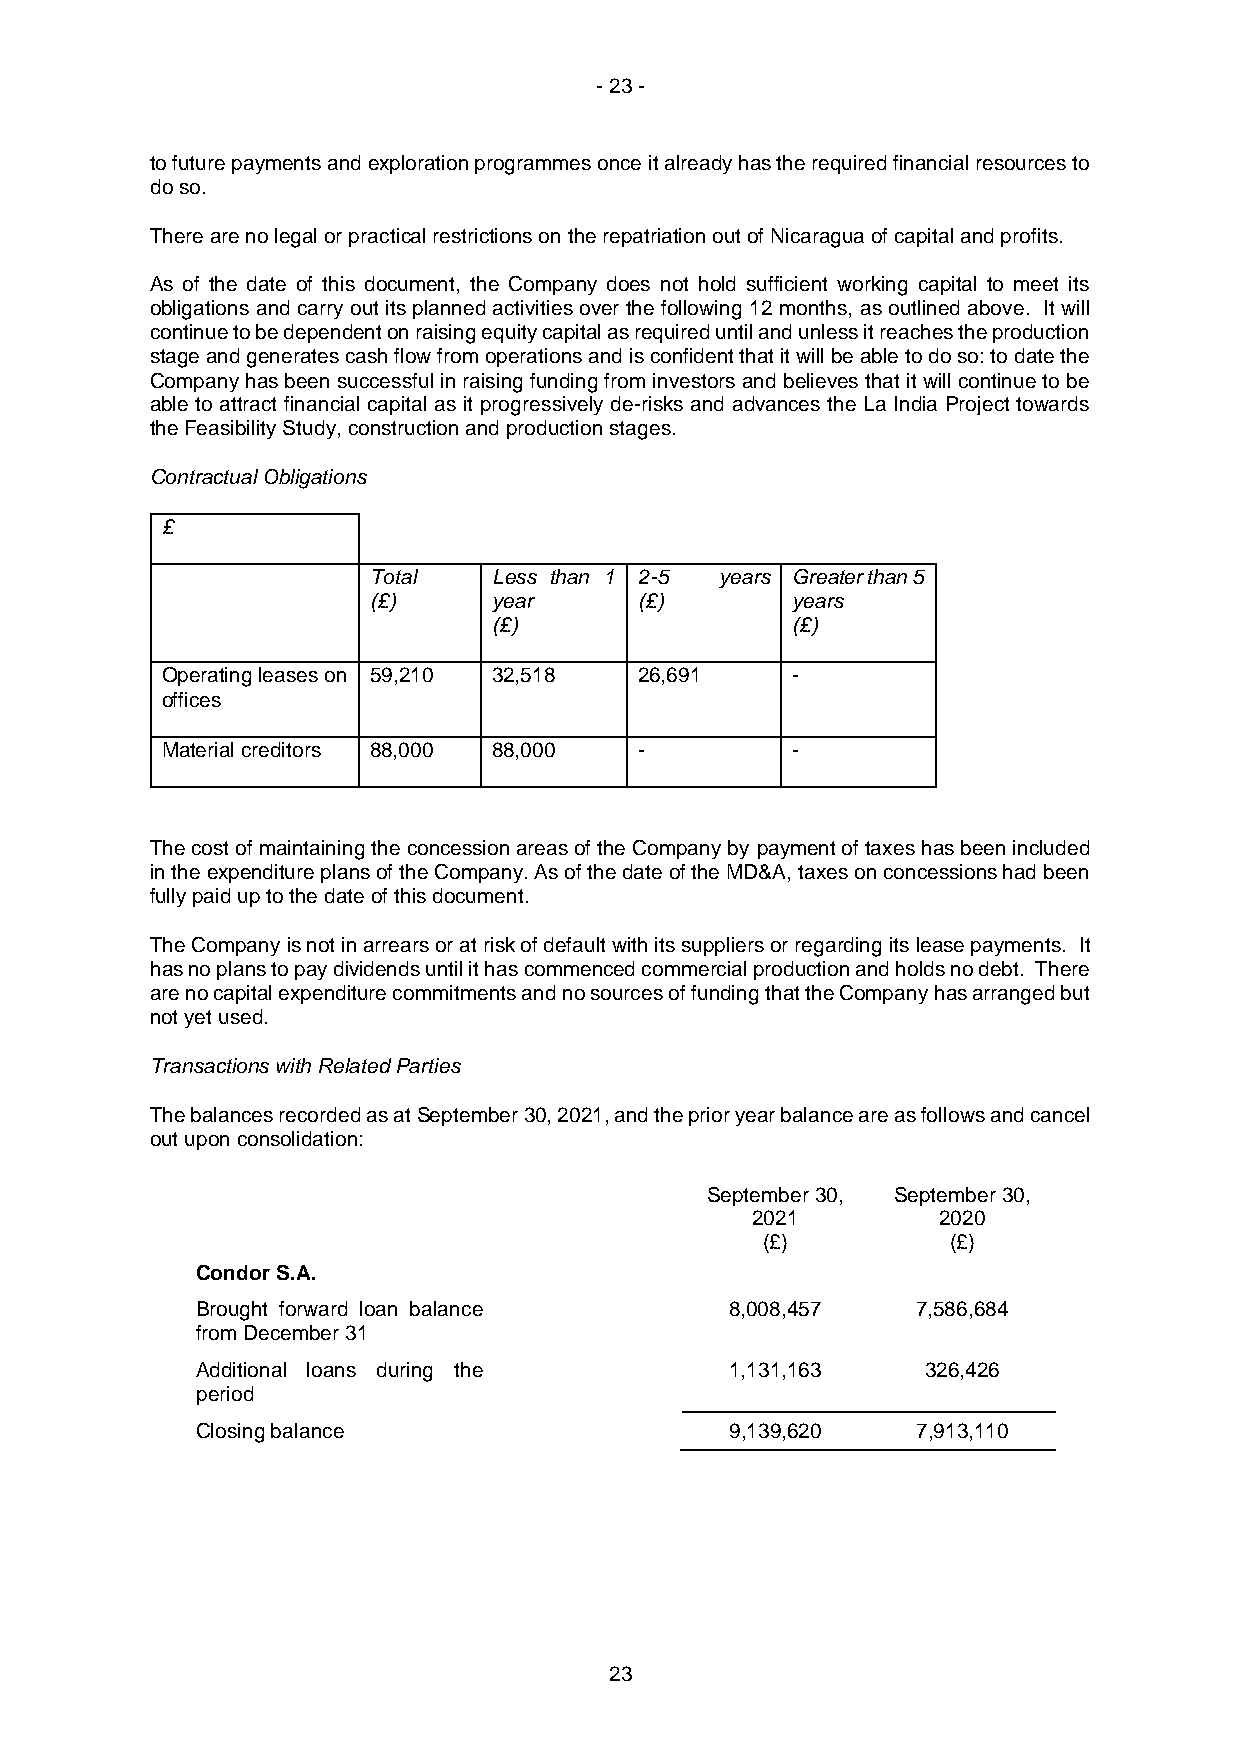
- 23 -
 to future payments and exploration programmes once it already has the required financial resources to
 do so.
 There are no legal or practical restrictions on the repatriation out of Nicaragua of capital and profits.
 As of the date of this document, the Company does not hold sufficient working capital to meet its
 obligations and carry out its planned activities over the following 12 months, as outlined above. It will
 continue to be dependent on raising equity capital as required until and unless it reaches the production
 stage and generates cash flow from operations and is confident that it will be able to do so: to date the
 Company has been successful in raising funding from investors and believes that it will continue to be
 able to attract financial capital as it progressively de-risks and advances the La India Project towards
 the Feasibility Study, construction and production stages.
 Contractual Obligations
 £
 Total   Less than 1 2-5 years Greater than 5
 (£)     year     (£)       years
 (£)                (£)
 Operating leases on 59,210 32,518 26,691 -
 offices
 Material creditors 88,000 88,000 -       -
 The cost of maintaining the concession areas of the Company by payment of taxes has been included
 in the expenditure plans of the Company. As of the date of the MD&A, taxes on concessions had been
 fully paid up to the date of this document.
 The Company is not in arrears or at risk of default with its suppliers or regarding its lease payments. It
 has no plans to pay dividends until it has commenced commercial production and holds no debt. There
 are no capital expenditure commitments and no sources of funding that the Company has arranged but
 not yet used.
 Transactions with Related Parties
 The balances recorded as at September 30, 2021, and the prior year balance are as follows and cancel
 out upon consolidation:
 September 30, September 30,
 2021        2020
 (£)          (£)
 Condor S.A.
 Brought forward loan balance       8,008,457    7,586,684
 from December 31
 Additional loans during the        1,131,163    326,426
 period
 Closing balance                    9,139,620    7,913,110
 23